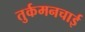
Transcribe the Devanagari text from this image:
तुर्कमनचाई